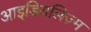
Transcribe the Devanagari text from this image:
आइडियलिज़्म